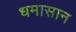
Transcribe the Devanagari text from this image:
धमासान